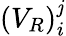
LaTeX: (V_{R})_{i}^{\mathit{j}}